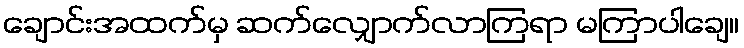
ချောင်းအထက်မှ ဆက်လျှောက်လာကြရာ မကြာပါချေ။